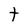
Character: t